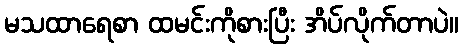
မသထာရေစာ ထမင်းကိုစားပြီး အိပ်လိုက်တာပဲ။